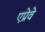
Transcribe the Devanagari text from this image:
एप्रेवे